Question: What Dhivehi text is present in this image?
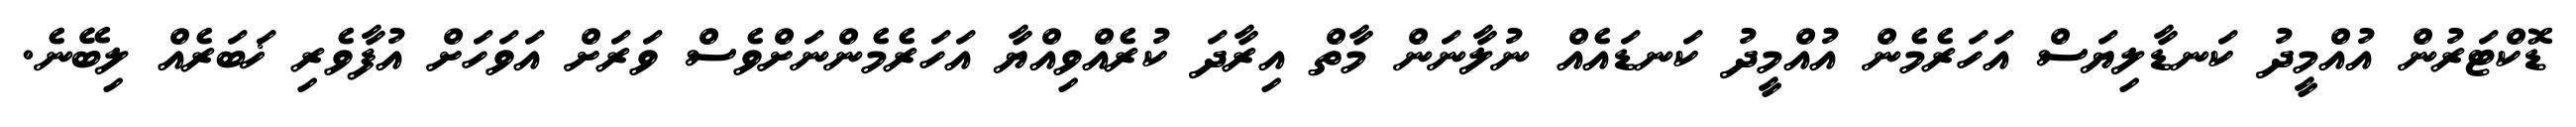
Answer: ޑޮކްޓަރުން އުއްމީދު ކަނޑާލިޔަސް އަހަރެމެން އުއްމީދު ކަނޑައެއް ނުލާނަން މާތް އިރާދަ ކުރެއްވިއްޔާ އަހަރެމެންނަށްވެސް ވަރަށް އަވަހަށް އުފާވެރި ޚަބަރެއް ލިބޭނެ.